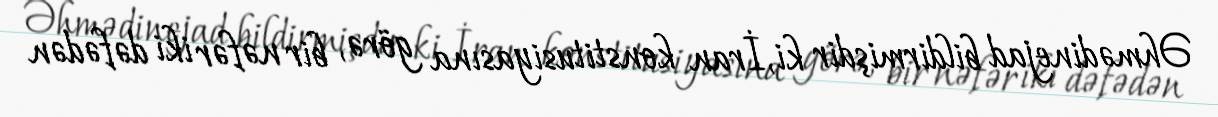
Əhmədinejad bildirmişdir ki, İran konstitusiyasına görə, bir nəfər iki dəfədən